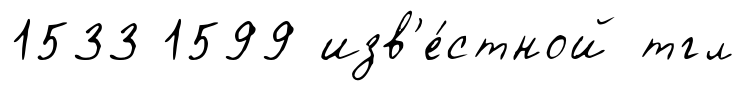
1533 1599 изв'е́стной тгл